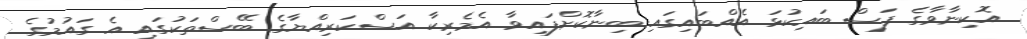
އޮކިނާވާގެ ފަސް ބައިކުޅަ އެއްބައިގައި ބިނާކޮށްފައިވާ އެމެރިކާ އަސްކަރިއްޔާގެ ބޭސްތަކުގައި އެ ގައުމުގެ